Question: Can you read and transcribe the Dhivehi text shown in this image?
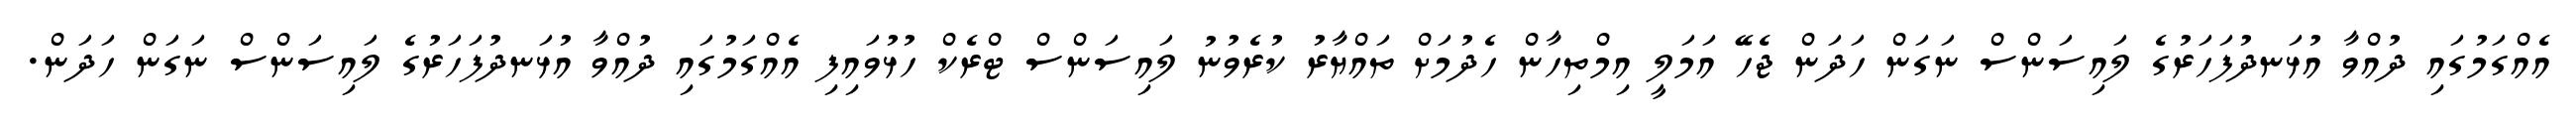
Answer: އެއްގަމުގައި ދުއްވާ އުޅަނދުފަހަރުގެ ލައިސަންސް ނަގަން ހަދަން ޖެހޭ އަމަލީ އިމްތިހާން ހެދުމަށް ތައްޔާރު ކުރެވުނު ލައިސަންސް ޓްރެކް ހުޅުވައިފި އެއްގަމުގައި ދުއްވާ އުޅަނދުފަހަރުގެ ލައިސަންސް ނަގަން ހަދަން.